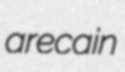
arecain